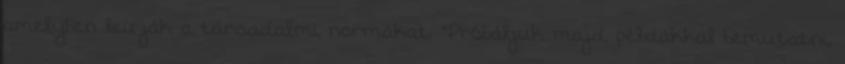
amelyben leírják a társadalmi normákat. “Próbáljuk majd példákkal bemutatni,